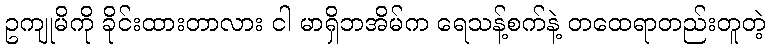
ဥကျုမိကို ခိုင်းထားတာလား ငါ မာရှိဘအိမ်က ရေသန့်စက်နဲ့ တထေရာတည်းတူတဲ့